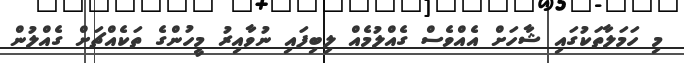
މި ހަމަލާތަކުގައި ޝާހަށް އެއްވެސް ގެއްލުމެއް ލިބިފައި ނުވާއިރު މީހުންގެ ތަކެއްޗަށް ގެއްލުން